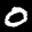
Label: 0